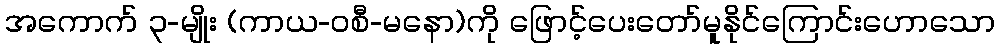
အကောက် ၃-မျိုး (ကာယ-ဝစီ-မနော)ကို ဖြောင့်ပေးတော်မူနိုင်ကြောင်းဟောသော